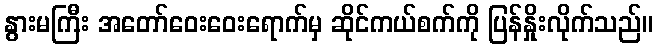
နွားမကြီး အတော်ဝေးဝေးရောက်မှ ဆိုင်ကယ်စက်ကို ပြန်နှိုးလိုက်သည်။